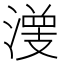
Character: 𰝀